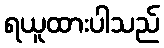
ရယူထားပါသည်